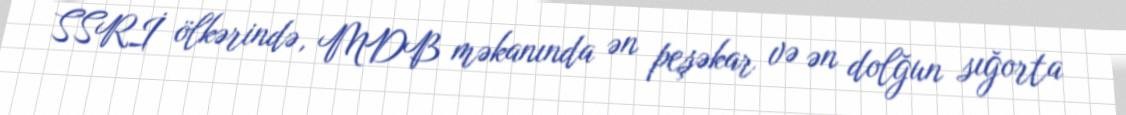
SSRİ ölkərində, MDB məkanında ən peşəkar və ən dolğun sığorta